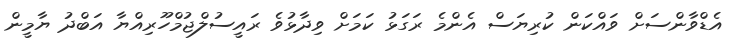
އެޑްވާންސަށް ވައްކަން ކުރިޔަސް އެންމެ ރަގަޅު ކަމަށް ވިދާޅުވެ ރައީސުލްޖުމްހޫރިއްޔާ އަބްދު ޔާމީން